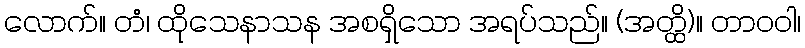
လောက်။ တံ၊ ထိုသေနာသန အစရှိသော အရပ်သည်။ (အတ္ထိ)။ တာဝဝါ၊